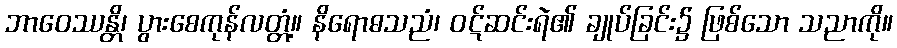
ဘာဝေဿန္တိ၊ ပွားစေကုန်လတ္တံ့။ နိရောဓသညံ၊ ဝဋ်ဆင်းရဲ၏ ချုပ်ခြင်း၌ ဖြစ်သော သညာကို။